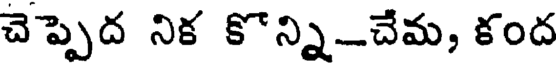
చెప్పెద నిక కొన్ని_చేమ, కంద